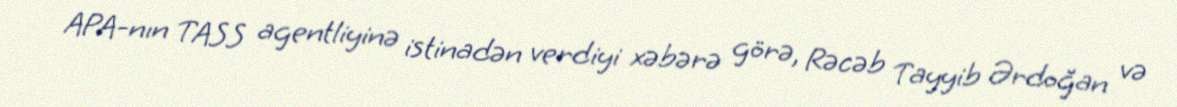
APA-nın TASS agentliyinə istinadən verdiyi xəbərə görə, Rəcəb Tayyib Ərdoğan və